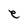
Character: e